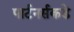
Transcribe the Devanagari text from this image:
पार्टनर्सकडे